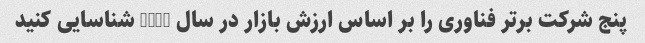
پنج شرکت برتر فناوری را بر اساس ارزش بازار در سال 2020 شناسایی کنید